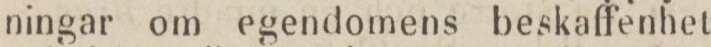
ningar om egendomens beskaffenhet